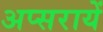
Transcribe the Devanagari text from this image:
अप्सरायें